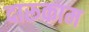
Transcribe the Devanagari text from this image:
दारूकाम